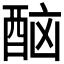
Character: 𨠯